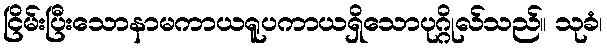
ငြိမ်းပြီးသောနာမကာယရူပကာယရှိသောပုဂ္ဂိုလ်သည်။ သုခံ၊